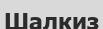
Шалкиз